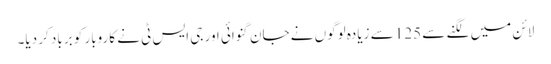
لائن میں لگنے سے 125 سے زیادہ لوگوں نے جان گنوائی اور جی ایس ٹی نے کاروبار کو برباد کر دیا۔